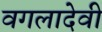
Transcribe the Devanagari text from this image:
वगलादेवी